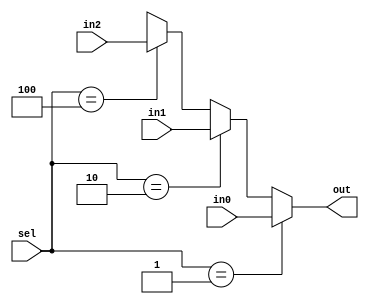
/**@file
 * @brief     One-hot Mux "assign" implementation 
 * @author    Igor Lesik
 * @copyright Igor Lesik 2015
 *
 */

//`define MUX1HOT_TRUST_SELECT

/* verilator lint_off DECLFILENAME */

module Mux1hot3 #(parameter WIDTH=1)
(
  input  [WIDTH-1:0]     in0,
  input  [WIDTH-1:0]     in1,
  input  [WIDTH-1:0]     in2,
  input  [3-1:0]         sel,
  output [WIDTH-1:0] out
);
`ifdef MUX1HOT_TRUST_SELECT
  assign out = (sel[0]) ? in0:
               (sel[1]) ? in1:
               (sel[2]) ? in2:
               {WIDTH{1'bx}};
`else
  assign out = (sel == 3'b001) ? in0:
               (sel == 3'b010) ? in1:
               (sel == 3'b100) ? in2:
               {WIDTH{1'bx}};
`endif
endmodule

module Mux1hot8 #(parameter WIDTH=1)
(
  input  [WIDTH-1:0]     in0,
  input  [WIDTH-1:0]     in1,
  input  [WIDTH-1:0]     in2,
  input  [WIDTH-1:0]     in3,
  input  [WIDTH-1:0]     in4,
  input  [WIDTH-1:0]     in5,
  input  [WIDTH-1:0]     in6,
  input  [WIDTH-1:0]     in7,
  input  [8-1:0]         sel,
  output [WIDTH-1:0] out
);
`ifdef MUX1HOT_TRUST_SELECT
  assign out = (sel[0]) ? in0:
               (sel[1]) ? in1:
               (sel[2]) ? in2:
               (sel[3]) ? in3:
               (sel[4]) ? in4:
               (sel[5]) ? in5:
               (sel[6]) ? in6:
               (sel[7]) ? in7:
               {WIDTH{1'bx}};
`else
  assign out = (sel == 8'b00000001) ? in0:
               (sel == 8'b00000010) ? in1:
               (sel == 8'b00000100) ? in2:
               (sel == 8'b00001000) ? in3:
               (sel == 8'b00010000) ? in4:
               (sel == 8'b00100000) ? in5:
               (sel == 8'b01000000) ? in6:
               (sel == 8'b10000000) ? in7:
               {WIDTH{1'bx}};
`endif
endmodule